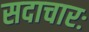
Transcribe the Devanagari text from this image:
सदाचारः